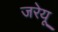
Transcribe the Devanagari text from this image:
जरेयू